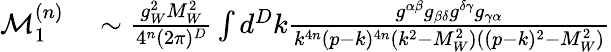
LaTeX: \begin{array}{rl}{\mathcal{M}_{1}^{(n)}}&{{}\sim\frac{g_{W}^{2}M_{W}^{2}}{4^{n}(2\pi)^{D}}\int d^{D}k\frac{g^{\alpha\beta}g_{\beta\delta}g^{\delta\gamma}g_{\gamma\alpha}}{k^{4n}(p-k)^{4n}(k^{2}-M_{W}^{2})((p-k)^{2}-M_{W}^{2})}}\end{array}